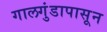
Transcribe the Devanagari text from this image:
गालगुंडापासून